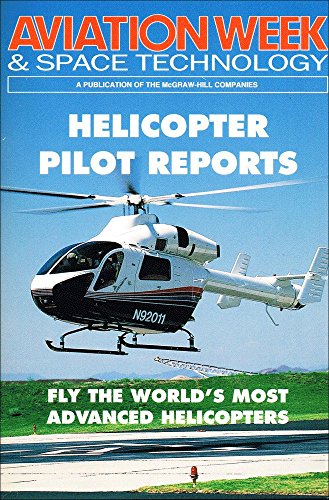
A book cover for Helicopter Pilot Reports; Aviation week & space technology; Engineering & Transportation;